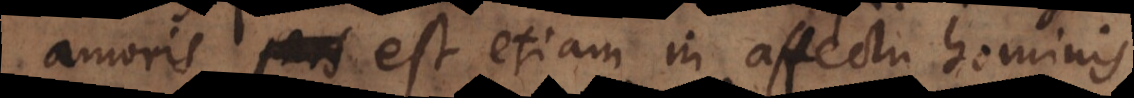
amoris pars est etiam in affectu hominis